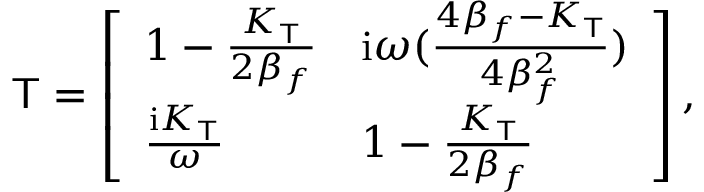
\mathsf { T } = \left[ \begin{array} { l l } { 1 - \frac { K _ { \mathsf { T } } } { 2 \beta _ { f } } } & { \mathrm { i } \omega ( \frac { 4 \beta _ { f } - K _ { \mathsf { T } } } { 4 \beta _ { f } ^ { 2 } } ) } \\ { \frac { \mathrm { i } K _ { \mathsf { T } } } { \omega } } & { 1 - \frac { K _ { \mathsf { T } } } { 2 \beta _ { f } } } \end{array} \right] ,